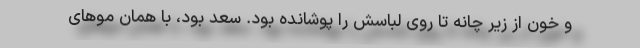
و خون از زیر چانه تا روی لباسش را پوشانده بود. سعد بود، با همان موهای